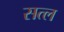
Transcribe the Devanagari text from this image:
सत्ल